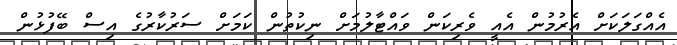
އެއްގަލަކަށް އެރުމުން އެއީ ވެރިކަން ވައްޓާލުމަށް ނިކުތުން ކަމަށް ސަރުކާރުގެ އިސް ބޭފުޅުން